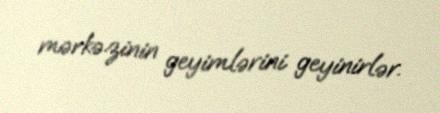
mərkəzinin geyimlərini geyinirlər.